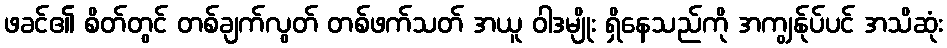
ဖခင်၏ စိတ်တွင် တစ်ချက်လွတ် တစ်ဖက်သတ် အယူ ဝါဒမျိုး ရှိနေသည်ကို အကျွန်ုပ်ပင် အသိဆုံး